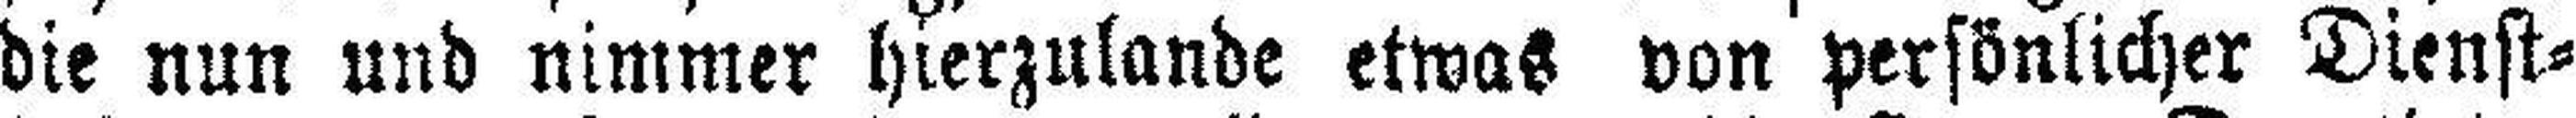
die nun und nimmer hierzulande etwas von persönlicher Dienst¬